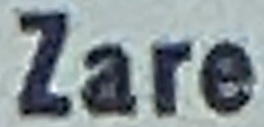
Zare